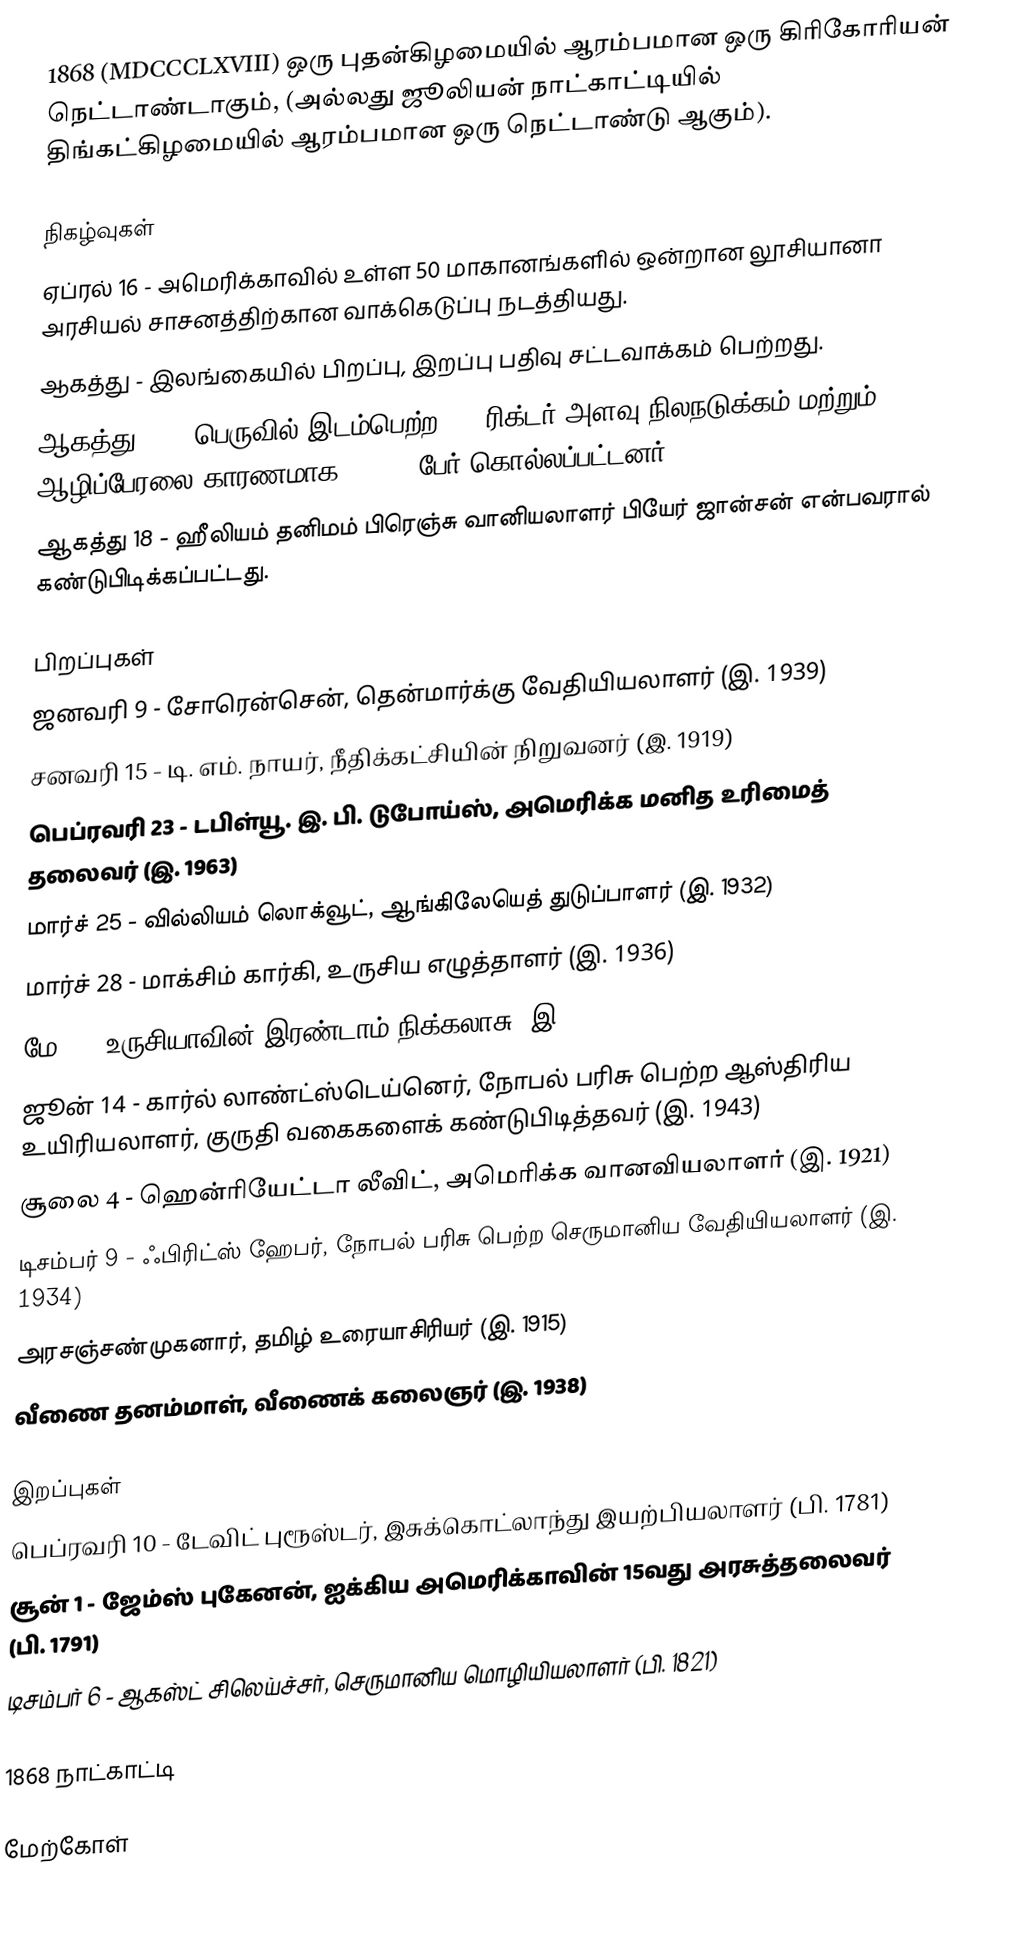
1868  (MDCCCLXVIII) ஒரு புதன்கிழமையில் ஆரம்பமான ஒரு கிரிகோரியன் நெட்டாண்டாகும், (அல்லது ஜூலியன் நாட்காட்டியில் திங்கட்கிழமையில் ஆரம்பமான ஒரு நெட்டாண்டு ஆகும்).

நிகழ்வுகள்
 ஏப்ரல் 16 - அமெரிக்காவில் உள்ள 50 மாகானங்களில் ஒன்றான லூசியானா அரசியல் சாசனத்திற்கான வாக்கெடுப்பு நடத்தியது.
 ஆகத்து - இலங்கையில் பிறப்பு, இறப்பு பதிவு சட்டவாக்கம் பெற்றது.
 ஆகத்து 16 - பெருவில் இடம்பெற்ற 8.5 ரிக்டர் அளவு நிலநடுக்கம் மற்றும் ஆழிப்பேரலை காரணமாக 25,000 பேர் கொல்லப்பட்டனர்.
 ஆகத்து 18 - ஹீலியம் தனிமம் பிரெஞ்சு வானியலாளர் பியேர் ஜான்சன் என்பவரால் கண்டுபிடிக்கப்பட்டது.

பிறப்புகள்
 ஜனவரி 9 - சோரென்சென், தென்மார்க்கு வேதியியலாளர் (இ. 1939)
 சனவரி 15 - டி. எம். நாயர், நீதிக்கட்சியின் நிறுவனர் (இ. 1919)
 பெப்ரவரி 23 - டபிள்யூ. இ. பி. டுபோய்ஸ், அமெரிக்க மனித உரிமைத் தலைவர் (இ. 1963)
 மார்ச் 25 - வில்லியம் லொக்வூட், ஆங்கிலேயெத் துடுப்பாளர் (இ. 1932)
 மார்ச் 28 - மாக்சிம் கார்கி, உருசிய எழுத்தாளர் (இ. 1936)
 மே 6 - உருசியாவின் இரண்டாம் நிக்கலாசு (இ. 1918)
 ஜூன் 14 - கார்ல் லாண்ட்ஸ்டெய்னெர், நோபல் பரிசு பெற்ற ஆஸ்திரிய உயிரியலாளர், குருதி வகைகளைக் கண்டுபிடித்தவர் (இ. 1943)
 சூலை 4 - ஹென்ரியேட்டா லீவிட், அமெரிக்க வானவியலாளர் (இ. 1921)
 டிசம்பர் 9 - ஃபிரிட்ஸ் ஹேபர், நோபல் பரிசு பெற்ற செருமானிய வேதியியலாளர் (இ. 1934)
 அரசஞ்சண்முகனார், தமிழ் உரையாசிரியர் (இ. 1915)
 வீணை தனம்மாள்,  வீணைக் கலைஞர் (இ. 1938)

இறப்புகள்
 பெப்ரவரி 10 - டேவிட் புரூஸ்டர், இசுக்கொட்லாந்து இயற்பியலாளர் (பி. 1781)
 சூன் 1 - ஜேம்ஸ் புகேனன், ஐக்கிய அமெரிக்காவின் 15வது அரசுத்தலைவர் (பி. 1791)
 டிசம்பர் 6 - ஆகஸ்ட் சிலெய்ச்சர், செருமானிய மொழியியலாளர் (பி. 1821)

1868 நாட்காட்டி

மேற்கோள்